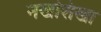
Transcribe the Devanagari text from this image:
नखशिखा